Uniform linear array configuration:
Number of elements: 24
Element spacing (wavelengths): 1
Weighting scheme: blackman
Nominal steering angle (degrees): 60
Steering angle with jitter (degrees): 59.781
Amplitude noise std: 0.05
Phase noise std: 0.05

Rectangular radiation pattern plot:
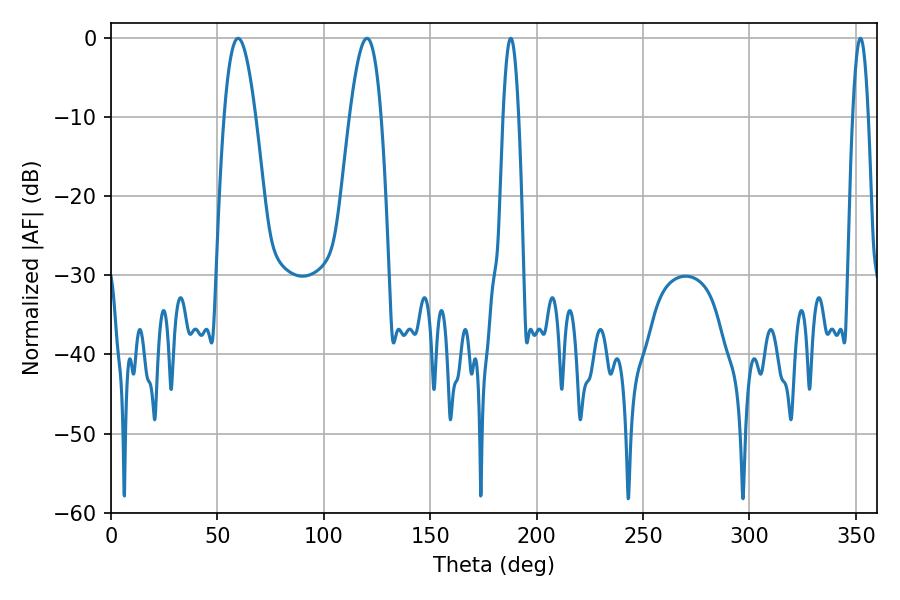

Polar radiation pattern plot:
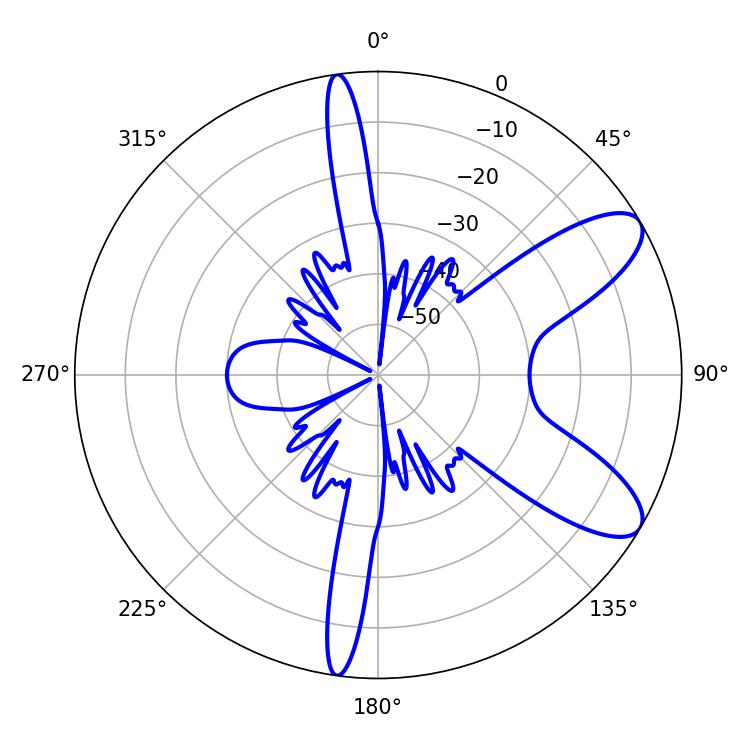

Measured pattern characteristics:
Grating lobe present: TRUE
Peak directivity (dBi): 9.126
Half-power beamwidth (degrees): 8.1
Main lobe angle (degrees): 120.24